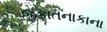
જકાતનાકાના